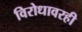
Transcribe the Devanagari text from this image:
विरोधावरही